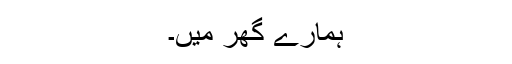
ہمارے گھر میں۔